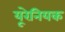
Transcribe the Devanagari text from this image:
यूरेनियक